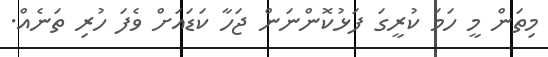
މިތަން މީ ހަމަ ކުރީގަ ފަޅުކޮންނަން ޖަހާ ކަޑައަށް ވެފަ ހުރި ތަނެއް.